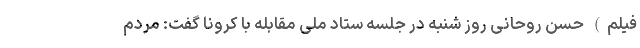
فیلم) حسن روحانی روز شنبه در جلسه ستاد ملی مقابله با کرونا گفت: مردم